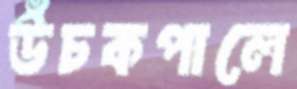
উঁচকপালে